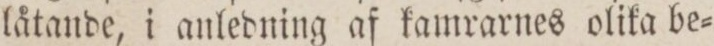
låtande, i anledning af kamrarnes olika be=